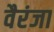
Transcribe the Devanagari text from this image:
वैरंजा